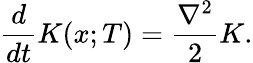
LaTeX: {\frac{d}{dt}}K(x;T)={\frac{\nabla^{2}}{2}}K.